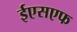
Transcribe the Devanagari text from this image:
ईएसएफ